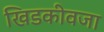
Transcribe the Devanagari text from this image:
खिडकीवजा